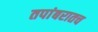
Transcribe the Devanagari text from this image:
तपांबरातच